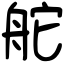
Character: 舵